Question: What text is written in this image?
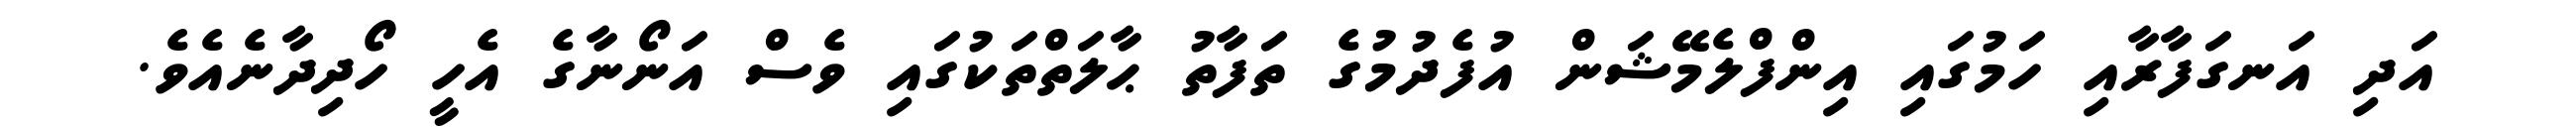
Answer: އަދި އަނގަފާރާއި ހަމުގައި އިންފްލެމޭޝަން އުފެދުމުގެ ތަފާތު ޙާލަތްތަކުގައި ވެސް އަނޯނާގެ އެހީ ހޯދިދާނެއެވެ.